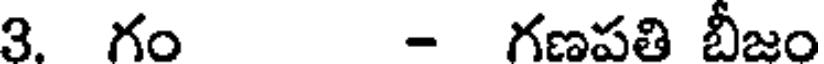
3. గం - గణపతి బీజం